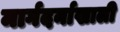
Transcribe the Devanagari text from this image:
मार्गदर्नाखाली